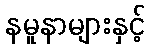
နမူနာများနှင့်